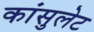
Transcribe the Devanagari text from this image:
कांसुलेट